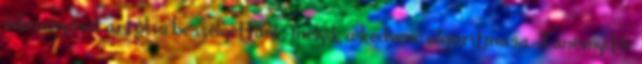
édesanyával arról is beszélgettünk, melyik a kedvenc algoritmusa. Tanévnyitó: